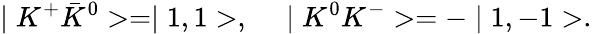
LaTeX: \mid K^{+}\bar{K}^{0}>=\mid 1,1>,~~~~\mid K^{0}K^{-}>=-\mid 1,-1>.